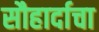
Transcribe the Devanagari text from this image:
सौहार्दाचा